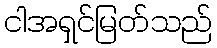
ငါအရှင်မြတ်သည်